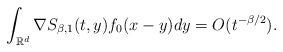
LaTeX: \begin{align*}\int_{\mathbb{R}^{d}}\nabla S_{\beta, 1}(t,y)f_{0}(x-y)dy = O(t^{-\beta/2}).\end{align*}